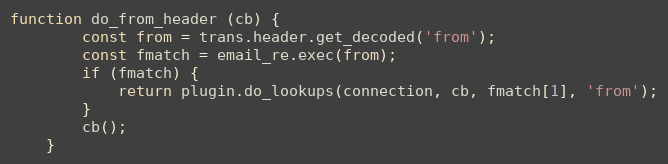
Language: JavaScript
function do_from_header (cb) {
        const from = trans.header.get_decoded('from');
        const fmatch = email_re.exec(from);
        if (fmatch) {
            return plugin.do_lookups(connection, cb, fmatch[1], 'from');
        }
        cb();
    }